Vaccination in Bombay 1874-1876 - 1874-1876
Year: 1874
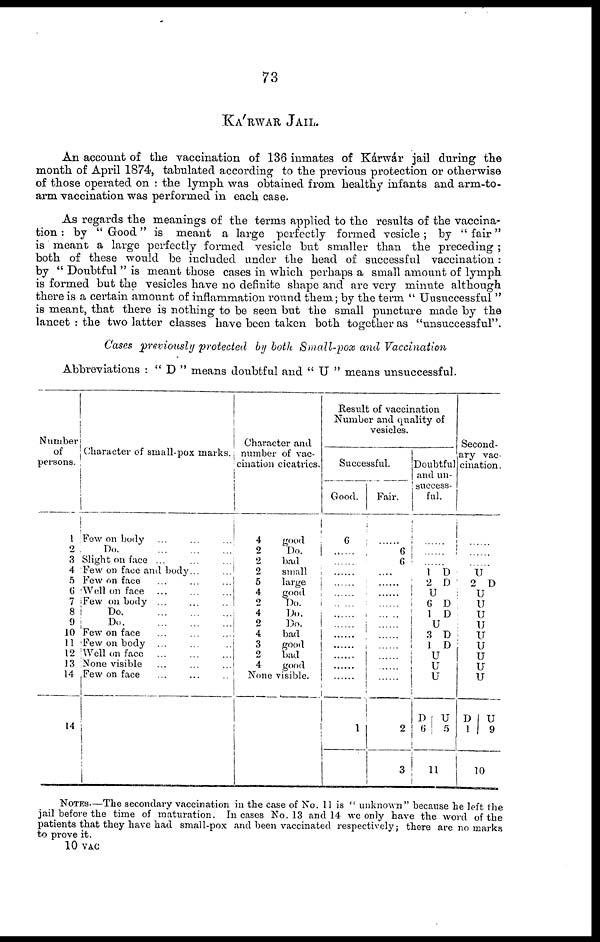
73
KÁRWAR JAIL.
An account of the vaccination of 136 inmates of Kárwár jail during the
month of April 1874, tabulated according to the previous protection or otherwise
of those operated on : the lymph was obtained from healthy infants and arm-to-
arm vaccination was performed in each case.
As regards the meanings of the terms applied to the results of the vaccina-
tion : by " Good" is meant a large perfectly formed vesicle ; by "fair"
is meant a large perfectly formed vesicle but smaller than the preceding ;
both of these would be included under the head of successful vaccination:
by " Doubtful " is meant those cases in which perhaps a small amount of lymph
is formed but the vesicles have no definite shape and are very minute although
there is a certain amount of inflammation round them; by the term " Unsuccessful "
is meant, that there is nothing to be seen but the small puncture made by the
lancet : the two latter classes have been taken both together as "unsuccessful".
Cases previously protected by both Small-pox and Vaccination
Abbreviations : " D " means doubtful and " U " means unsuccessful.
Number
of
persons.
1
2
3
4
5
6
7
8
9
10
11
12
13
14
14
Character of small-pox marks.
Few on body ...
...
...
Do.
Slight on face ...
...
...
Few on face and body...
...
Few on face
...
...
...
Well on face ... ... ...
Few on body ... ... ...
Do.
...
...
...
Do
...
...
...
Few on face
...
...
...
Few on body ... ... ...
Well on face ... ... ...
None visible ...
...
...
Few on face
Character and
number of vac-
cination cicatrics.
4
2
2
2
5
4
2
4
2
4
3
2
4
None
good
Do.
bad
small
large
good
Do.
Do.
Do.
bad
good
bad
good
visible.
Result of vaccination
Number and quality of
vesicles.
Successful.
Good.
6
......
......
......
......
......
......
......
......
1
Fair.
6
6
....
......
......
......
......
......
......
......
2
3
Doubtful
and un-
success-
ful.
......
......
......
1 D
2 D
U
6 D
1 D
U
3 D
1 D
U
U
U
D
6
U
5
11
Second-
ary vac-
cination .
U
2 D
U
U
U
1J
U
U
U
U
U
D 1
U
9
1 0
NOTES.—The secondary vaccination in the case of No. 11 is " unknown" because he left the
jail before the time of maturation. In cases No. 13 and 14 we only have the word of the
patients that they have had small-pox and been vaccinated respectively; there are no marks
to prove it.
10 VAC